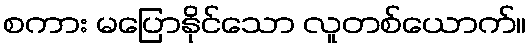
စကား မပြောနိုင်သော လူတစ်ယောက်။